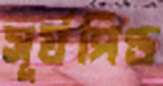
সূর্যপিণ্ড